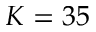
K = 3 5